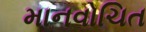
માનવોચિત